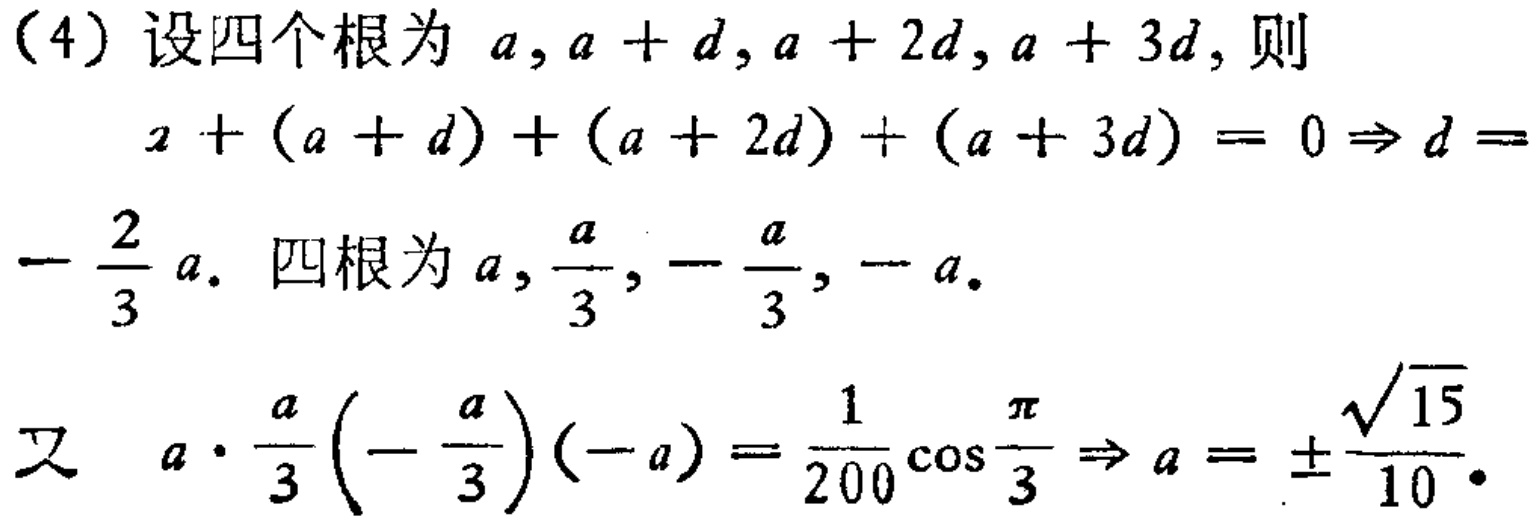
（4）设四个根为 \(a,a + d,a + 2d,a + 3d\)，则
\[
\begin{align*}
a+(a + d)+(a + 2d)+(a + 3d)&= 0\Rightarrow d=-\frac{2}{3}a.
\end{align*}
\]
四根为 \(a,\frac{a}{3},-\frac{a}{3},-a\)。
又 \(a\cdot\frac{a}{3}\left(-\frac{a}{3}\right)(-a)=\frac{1}{200}\cos\frac{\pi}{3}\Rightarrow a = \pm\frac{\sqrt{15}}{10}\)。